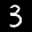
Label: 3